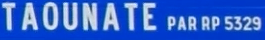
TAOUNATE PAR RP 532